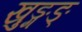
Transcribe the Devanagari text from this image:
खुङ्गङ्